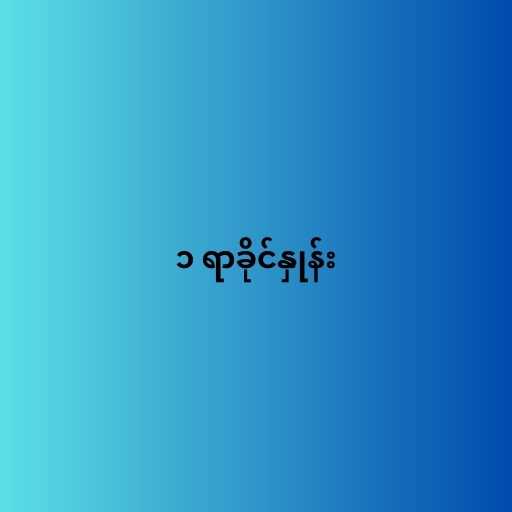
၁ ရာခိုင်နှုန်း